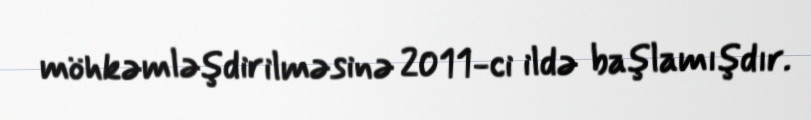
möhkəmləşdirilməsinə 2011-ci ildə başlamışdır.